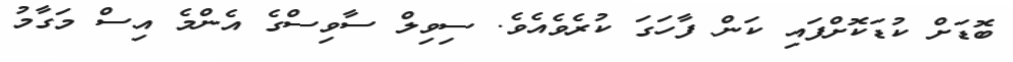
ބޮޑަށް ކުޑަކޮށްފައި ކަން ފާހަގަ ކުރެވެއެވެ. ސިވިލް ސާވިސްގެ އެންމެ އިސް މަގާމު